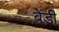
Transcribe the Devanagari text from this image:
बेंड़ी